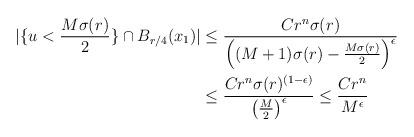
LaTeX: \begin{align*}|\{ u < \frac{M\sigma(r)}{2} \} \cap B_{r/4}(x_1)| & \leq \frac{C r^n \sigma(r)}{\left((M+1)\sigma(r)-\frac{M \sigma(r)}{2}\right)^\epsilon} \\& \leq \frac{C r^n \sigma(r)^{(1-\epsilon)}}{\left(\frac{M}{2}\right)^\epsilon} \leq\frac{Cr^n}{M^{\epsilon}} \end{align*}